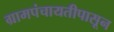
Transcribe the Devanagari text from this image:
ग्रामपंचायतीपासून